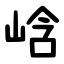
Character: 㟏